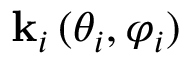
\mathbf { k } _ { i } \, ( \theta _ { i } , \varphi _ { i } )